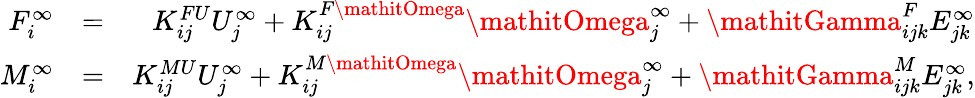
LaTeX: \begin{array}{rlr}{F_{i}^{\infty}}&{=}&{K_{ij}^{FU}U_{j}^{\infty}+K_{ij}^{F\mathitOmega}\mathitOmega_{j}^{\infty}+\mathitGamma_{ijk}^{F}E_{jk}^{\infty}}\\ {M_{i}^{\infty}}&{=}&{K_{ij}^{MU}U_{j}^{\infty}+K_{ij}^{M\mathitOmega}\mathitOmega_{j}^{\infty}+\mathitGamma_{ijk}^{M}E_{jk}^{\infty},}\end{array}